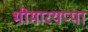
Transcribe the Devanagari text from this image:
भीमारयप्पा